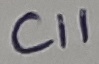
Text: C11